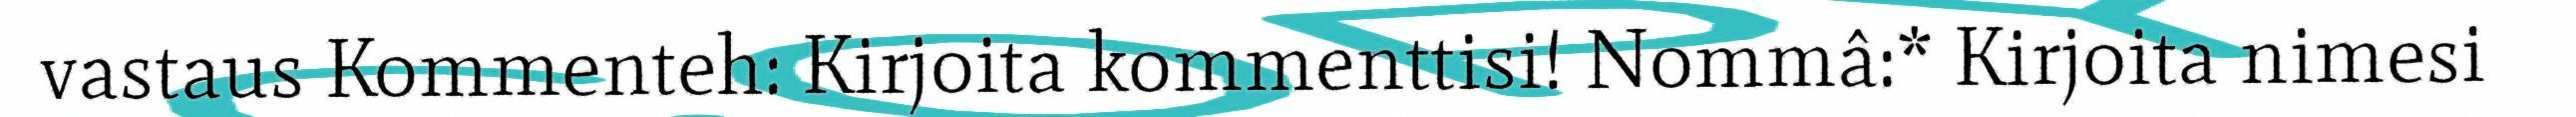
vastaus Kommenteh: Kirjoita kommenttisi! Nommâ:* Kirjoita nimesi